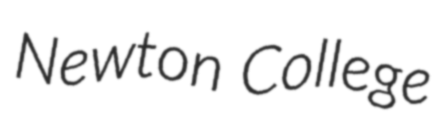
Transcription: Newton College